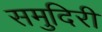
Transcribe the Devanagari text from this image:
समुदिरी